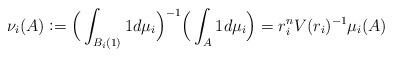
LaTeX: \begin{align*}\nu_i (A)\vcentcolon= \Big(\int_{B_i(1)} 1 d\mu_{i}\Big)^{-1} \Big(\int_{A} 1 d\mu_{i}\Big)= r_i^{n} V(r_i)^{-1}\mu_i(A) \end{align*}